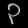
Digit: ၃